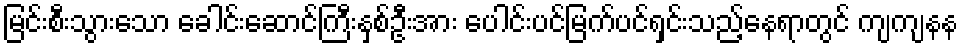
မြင်းစီးသွားသော ခေါင်းဆောင်ကြီးနှစ်ဦးအား ပေါင်းပင်မြက်ပင်ရှင်းသည့်နေရာတွင် ကျကျနန